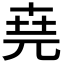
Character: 𠒖